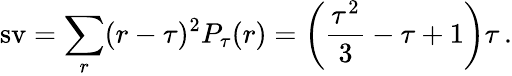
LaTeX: \operatorname{sv}=\sum_{r}(r-\tau)^{2}P_{\tau}(r)=\left(\frac{\tau^{2}}{3}-\tau+1\right)\tau\, .